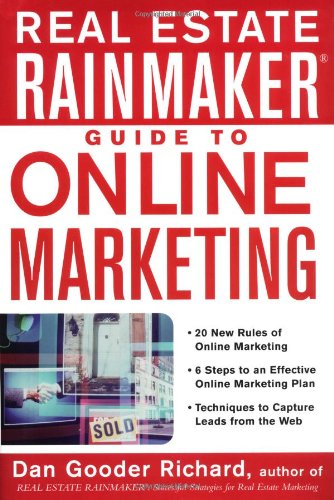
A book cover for Real Estate Rainmaker: Guide to Online Marketing; Dan Gooder Richard; Business & Money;